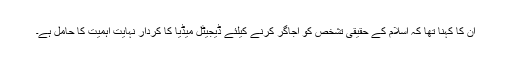
ان کا کہنا تھا کہ اسلام کے حقیقی تشخص کو اجاگر کرنے کیلئے ڈیجیٹل میڈیا کا کردار نہایت اہمیت کا حامل ہے۔